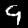
Digit: 9